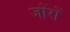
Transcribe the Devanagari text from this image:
जोंरों